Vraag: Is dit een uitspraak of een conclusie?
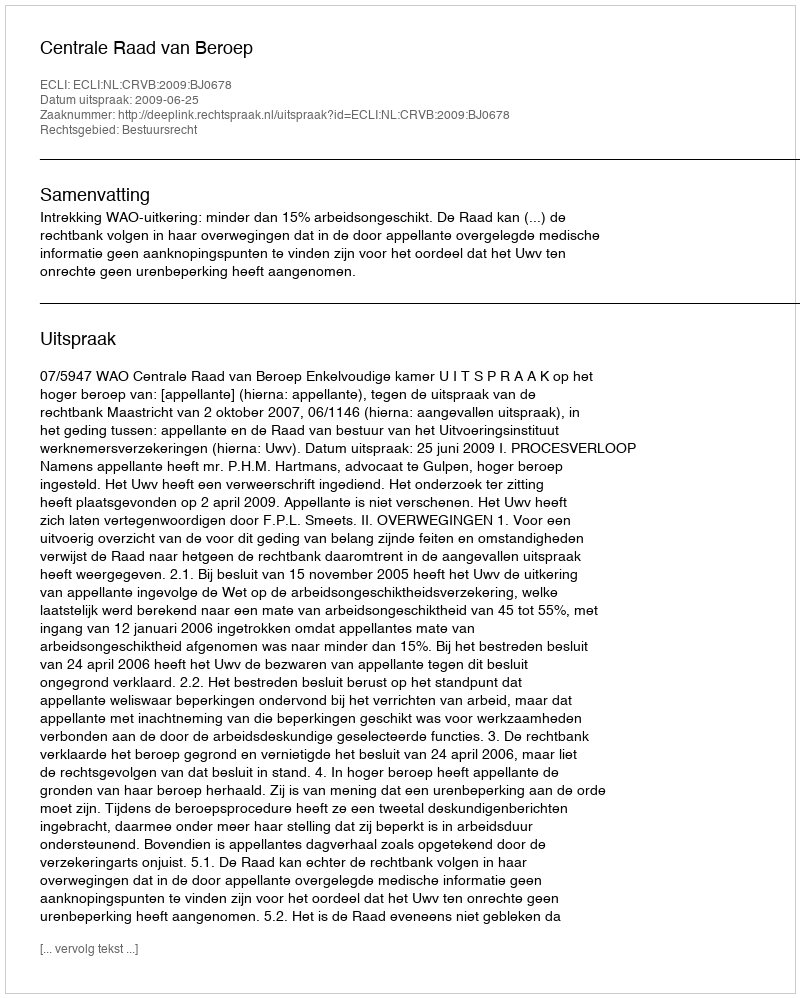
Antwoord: Uitspraak